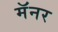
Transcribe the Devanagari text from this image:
मॅनर